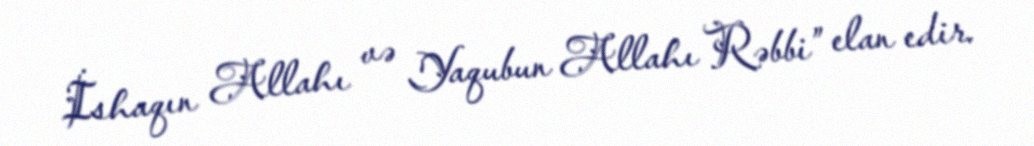
İshaqın Allahı və Yaqubun Allahı Rəbbi” elan edir.